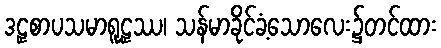
ဒဠှစာပသမာရူဠှဿ၊ သန်မာခိုင်ခံ့သောလေး၌တင်ထား